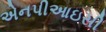
એનપીઆઇસી